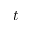
t